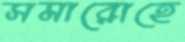
সমারোহে